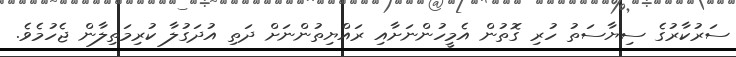
ސަރުކާރުގެ ސިޔާސަތު ހުރި ގޮތުން އެމީހުންނަށާއި ރައްޔިތުންނަށް ދަތި އުދަގުލާ ކުރިމަތިލާން ޖެހުމެވެ.